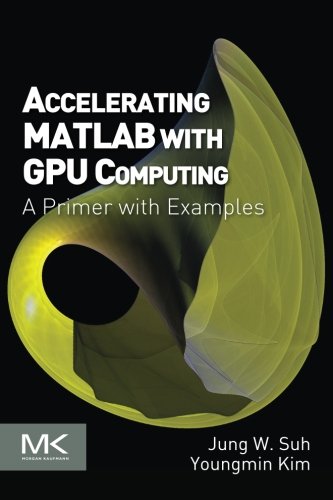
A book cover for Accelerating MATLAB with GPU Computing: A Primer with Examples; Jung W. Suh; Computers & Technology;